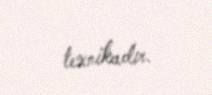
texnikadır.